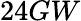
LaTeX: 24GW